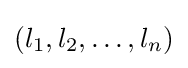
(l_{1},l_{2},\dots ,l_{n})